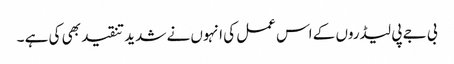
بی جے پی لیڈروں کے اس عمل کی انہوں نے شدید تنقید بھی کی ہے ۔